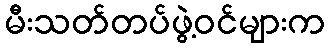
မီးသတ်တပ်ဖွဲ့ဝင်များက